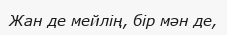
Жан де мейлің, бір мән де,